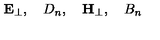
{ \bf E } _ { \perp } , \quad D _ { n } , \quad { \bf H } _ { \perp } , \quad B _ { n }